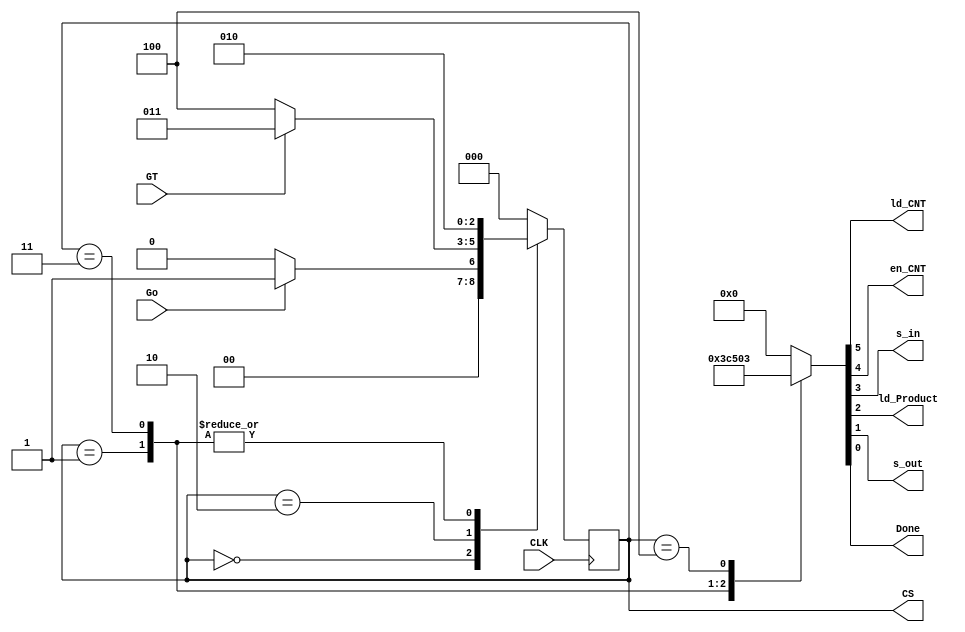
`timescale 1ns / 1ps

module factorial_CU( input CLK, Go, GT, 
    output reg [2:0]CS, output reg ld_CNT, en_CNT, s_in, ld_Product, s_out, Done);
   reg [2:0]NS;
    parameter   S0=3'b000,
                S1=3'b001,
                S2=3'b010,
                S3=3'b011,
                S4=3'b100;
    
initial begin
CS=S0;
end

always@(posedge CLK)
 begin
     CS<=NS; 
 end
    
always@(CS,Go,GT)
begin
         case(CS)
            S0: begin
                if(Go) NS<=S1;
                else NS<=S0;
                end
            S1: begin
                NS<=S2;
                end
            S2: begin
                if(GT) NS<=S3;
                else NS<=S4;
                end
            S3: NS<=S2;
            S4: NS<=S0;
            default: NS<=S0;
        endcase
end//end always
    
always@(CS)
    begin
    case(CS)
        S0: begin
            {ld_CNT, en_CNT, s_in, ld_Product, s_out, Done}=6'b000000;
            end
        S1: begin
            {ld_CNT, en_CNT, s_in, ld_Product, s_out, Done}=6'b111100;
            end
        S2: begin
            {ld_CNT, en_CNT, s_in, ld_Product, s_out, Done}=6'b000000;
            end
        S3: begin
            {ld_CNT, en_CNT, s_in, ld_Product, s_out, Done}=6'b010100;
            end
        S4: begin
            {ld_CNT, en_CNT, s_in, ld_Product, s_out, Done}=6'b000011;
            end
        default:    begin
                {ld_CNT, en_CNT, s_in, ld_Product, s_out, Done}=6'b000000;
                end
    endcase
end//end always

endmodule